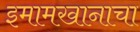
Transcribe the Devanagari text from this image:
इमामखानाचा